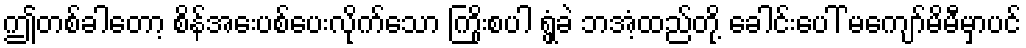
ဤတစ်ခါတော့ စိန်အေးပစ်ပေးလိုက်သော ကြိုးစပါ ရွှံ့ခဲ ဘအံ့ထည်တို့ ခေါင်းပေါ် မကျော်မိမီမှာပင်